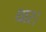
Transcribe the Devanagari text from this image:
धार।